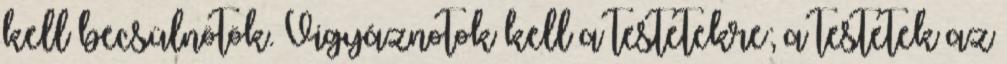
kell becsülnötök. Vigyáznotok kell a testetekre; a testetek az